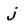
Character: j